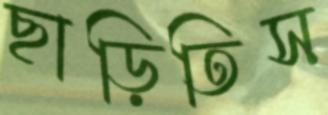
ছাড়িতিস